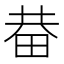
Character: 𤱺